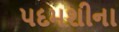
પદમશીના